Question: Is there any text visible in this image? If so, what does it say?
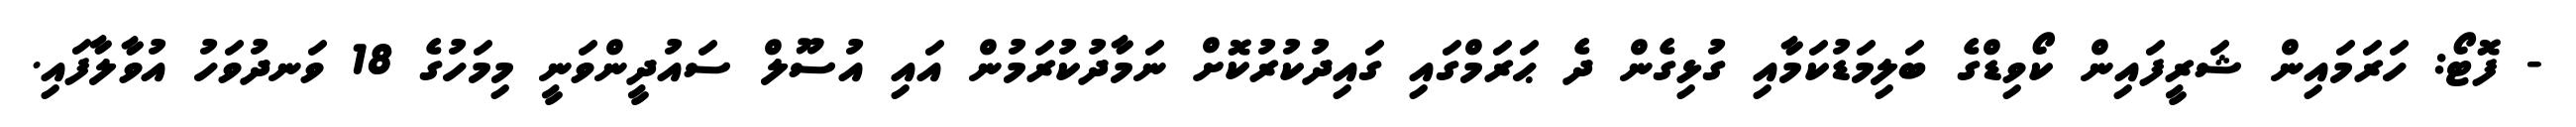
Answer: - ފޮޓޯ: ހަރަމައިން ޝަރީފައިން ކޯވިޑްގެ ބަލިމަޑުކަމާއި ގުޅިގެން ދެ ޙަރަމްގައި ގައިދުކުރުކޮށް ނަމާދުކުރަމުން އައި އުސޫލް ސައުދީންވަނީ މިމަހުގެ 18 ވަނދުވަހު އުވާލާފައި.